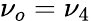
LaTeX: \nu_{o}=\nu_{4}